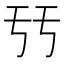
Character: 𠄥